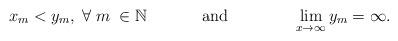
LaTeX: \begin{align*} x_{m}<y_{m},\;\forall\; m\;\in \mathbb{N}\;\;\;\;\;\;\;\;\;\;\;\;\mbox{and}\;\;\;\;\;\;\;\;\;\;\;\;\;\;\lim_{x\rightarrow\infty}y_{m}=\infty.\\\end{align*}